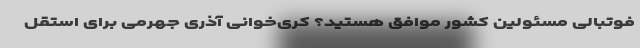
فوتبالی مسئولین کشور موافق هستید؟ کری‌خوانی آذری جهرمی برای استقل